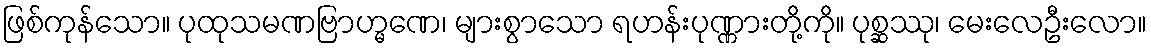
ဖြစ်ကုန်သော။ ပုထုသမဏဗြာဟ္မဏေ၊ များစွာသော ရဟန်းပုဏ္ဏားတို့ကို။ ပုစ္ဆဿု၊ မေးလေဦးလော။